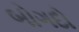
બોગદો